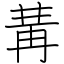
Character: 冓